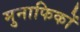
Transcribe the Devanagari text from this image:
मुनाफिकों